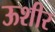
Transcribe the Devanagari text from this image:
ऊशीर